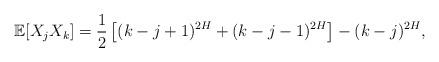
LaTeX: \begin{align*}\mathbb{E}[X_{j}X_{k}]=\frac{1}{2}\left[(k-j+1)^{2H}+(k-j-1)^{2H}\right]-(k-j)^{2H},\end{align*}